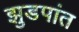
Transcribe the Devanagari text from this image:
झुडपांत